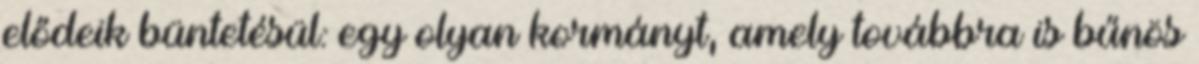
elődeik büntetésül: egy olyan kormányt, amely továbbra is bűnös